Report on lock hospitals in British Burma
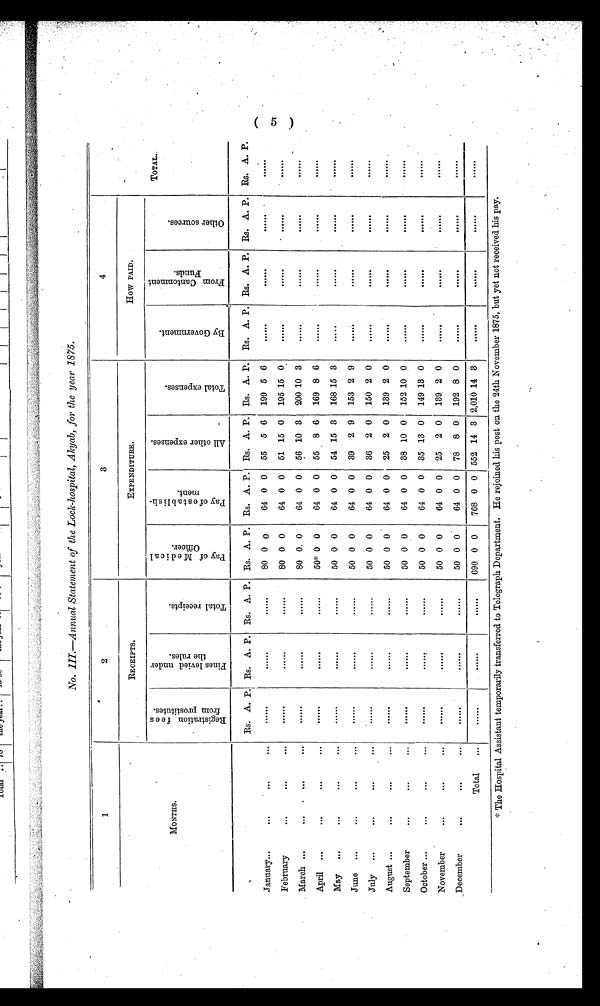
No. III.—Annual Statement of the Lock-hospital, Akyab, for the year 1875.
.
5
1
2
3
4
MONTHS.
RECEIPTS.
EXPENDITURE.
How PAID.
TOTAL.
R e g i s t r a t i o n f e e s f r o m p r o s t i t u t e s .
F i n e s l e v i e d u n d e r t h e r u l e s .
T o t a l r e c e i p t s .
P a y o f M e d i c a l o f f i c e r .
P a y o f e s t a b l i s h m e n t .
A l l o t h e r e x p e n s e s .
T o t a l e x p e n s e s .
B y G o v e r n m e n t .
F r o m C a n t o n m e n t F u n d s .
O t h e r s o u r c e s .
January...
4 0•
. . .
. . .
Rs. A. P. Rs. A. P. Rs. A. P. Rs. A. P. Rs. A. P. Rs. A. P. Rs. A. P. Rs. A. P. Rs. A. P. Rs. A. P. Rs. A. P.
80 0 0
64 0 0
55
5 6
199 5 6
. . .
. . .
. . .
. . .
February
...
•••
. . .
. . .
...
. . . 80 0 0
64 0 0
51 15 0
195 1 5 0
. . .
. . .
. . .
. . .
March ...
•e•
•
•••
•••
. . .
...
. . . 80 0. 0
64 0 0
56 10 3
200 10 3
. . .
. . .
. . .
. . .
April ...
•••
...
...
...
...
. . . 50* 0 0
64 0 0
55 8 6
169 8 6
. . .
. . .
. . .
. . .
May
...
•••
...
...
...
...
. . . 50 0 0
64 0 0
54 15 3
168 15 3
. . .
. . .
. . .
. . .
June
...
...
...
...
. . .
...
. . . 50 0 0
64 0 0
39 2 9
153 2 9
. . .
. . .
. . .
. . .
July
...
...
...
...
...
...
. . . 50 0 0
64 0 0
36 2 0
150 2 0
. . .
. . .
. . .
. . .
August ...
99*
•••
•••
. . .
...
. . . 50 0 0
64 0 0
25
2 0
139 2 0
. . .
. . .
. . .
. . .
September
. . .
. . .
. . .
...
...
. . . 50 0 0
64 0 0
38 10 0
152 10 0
. . .
. . .
. . .
. . .
October ...
•••
...
... ...
. . .
. . . 50 0 0
64 0 0
35 13 0
149 13 0
. . .
. . .
. . .
. . .
November
...
. . .
••• ...
...
. . . 50 0 0
64 0 0
25 2 0
139 2 0
. . .
. . .
. . .
. . .
December
•••
•••
••• ...
...
. . . 50 0 0
64 0 0
78 8 0
192 8 0
. . .
. . .
. . .
. . .
Total
... ...
...
. . . 690 0 0
768 0 0 552 14 3 2,010 14 3
* The Hospital Assistant temporarily transferred to Telegraph Department. He rejoined his post on the 24th November 1875, but yet not received his pay.